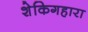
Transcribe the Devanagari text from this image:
शेकिगहारा